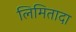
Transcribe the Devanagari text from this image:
लिमितादा